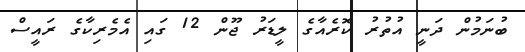
ބުނަމުން ދަނީ އުތުރު ކޮރެއާގެ ލީޑަރު ޖޫން 12 ގައި އެމެރިކާގެ ރައީސް